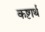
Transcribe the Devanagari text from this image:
कष्टार्थ